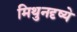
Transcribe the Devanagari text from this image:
मिथुनदृष्ये